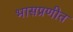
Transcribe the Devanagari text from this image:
भासप्रणीत